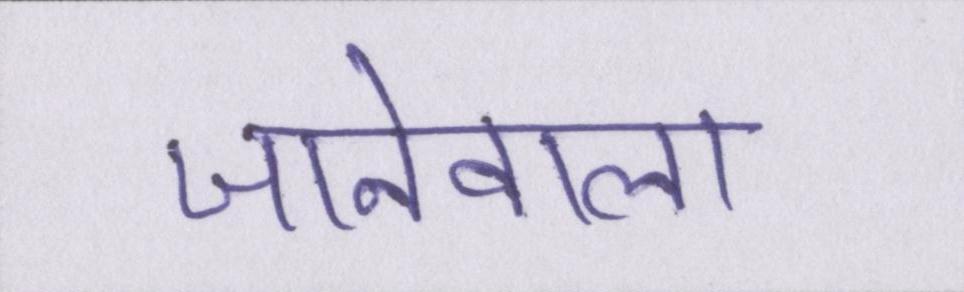
जानेवाला